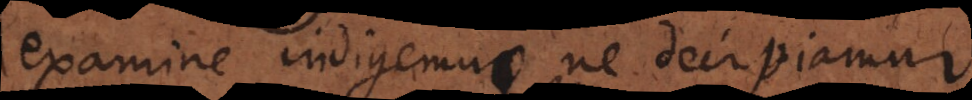
examine indigemus ne decipiamur: